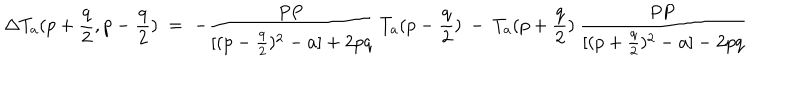
LaTeX: \Delta T _ { a } ( p + \frac { q } { 2 } , p - \frac { q } { 2 } ) \; = \; - \frac { \mathrm { P P } } { [ ( p - \frac { q } { 2 } ) ^ { 2 } - a ] + 2 p q } \: T _ { a } ( p - \frac { q } { 2 } ) \: - \: T _ { a } ( p + \frac { q } { 2 } ) \: \frac { \mathrm { P P } } { [ ( p + \frac { q } { 2 } ) ^ { 2 } - a ] - 2 p q }